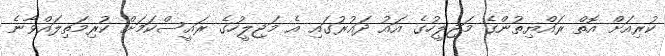
ކުރިއަށް އޮތް ރައްޔިތުންގެ މަޖިލީހުގެ އައު ދައުރުގައި އެ މަޖިލީހުގެ ރައީސްކަމަށް ކުރިމަތިލައްވާނެ